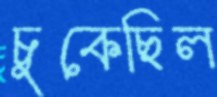
চুকেছিল